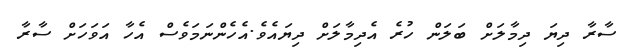
ސާރާ ދިޔަ ދިމާލަށް ބަލަން ހުރެ އެދިމާލަށް ދިޔައެވެ.އެހެންނަމަވެސް އެހާ އަވަހަށް ސާރާ